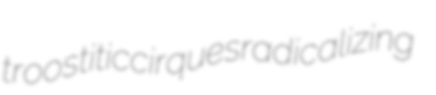
troostitic cirques radicalizing